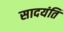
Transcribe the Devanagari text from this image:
सादयंति